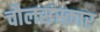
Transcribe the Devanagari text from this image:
चौलसंस्कार